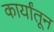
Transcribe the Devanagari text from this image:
कार्यांतून